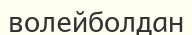
волейболдан